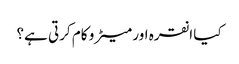
کیا انقرہ اور میٹرو کام کرتی ہے؟